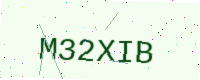
Text: M32XIB